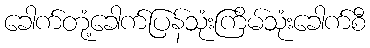
ခေါက်တုံ့ခေါက်ပြန်သုံးကြိမ်သုံးခေါက်စီ